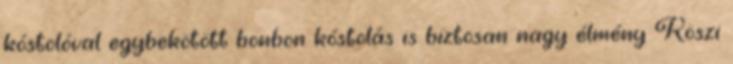
kóstolóval egybekötött bonbon kóstolás is biztosan nagy élmény Köszi